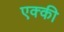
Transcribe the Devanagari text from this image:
एक्की